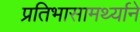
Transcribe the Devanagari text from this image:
प्रतिभासामर्थ्याने